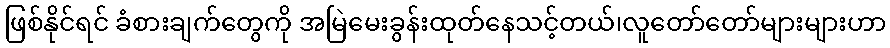
ဖြစ်နိုင်ရင် ခံစားချက်တွေကို အမြဲမေးခွန်းထုတ်နေသင့်တယ်၊လူတော်တော်များများဟာ